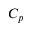
C _ { p }